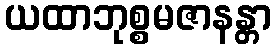
ယထာဘုစ္စမဇာနန္တာ